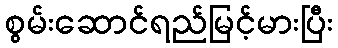
စွမ်းဆောင်ရည်မြင့်မားပြီး